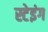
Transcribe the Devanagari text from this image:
स्टेइंग